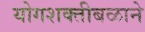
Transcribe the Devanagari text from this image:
योगशक्तीबळाने